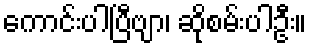
ကောင်းပါပြီဗျာ၊ ဆိုစမ်းပါဦး။